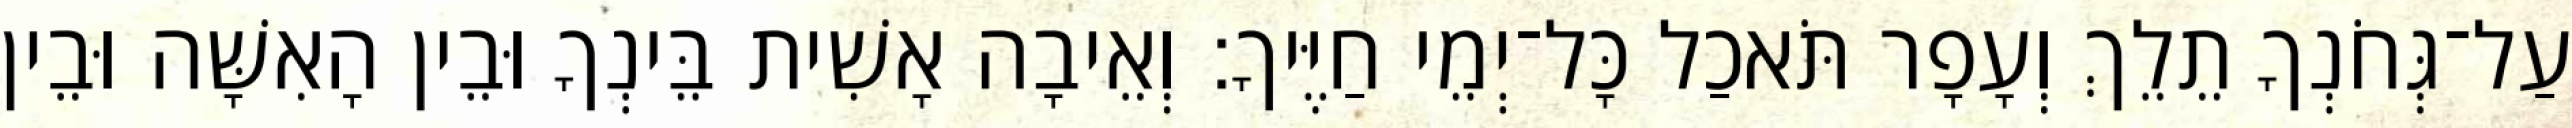
עַל־גְּחֹנְךָ תֵלֵךְ וְעָפָר תֹּאכַל כָּל־יְמֵי חַיֶּיךָ׃ וְאֵיבָה אָשִׁית בֵּינְךָ וּבֵין הָאִשָּׁה וּבֵין